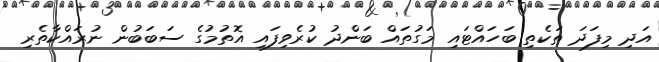
އަދި މިފަދަ ތަކެތި ބަހައްޓައި މަގުތައް ބަންދު ކުރެވިފައި އޮތުމުގެ ސަބަބުން ނުރައްކާތެރި